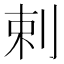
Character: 剌